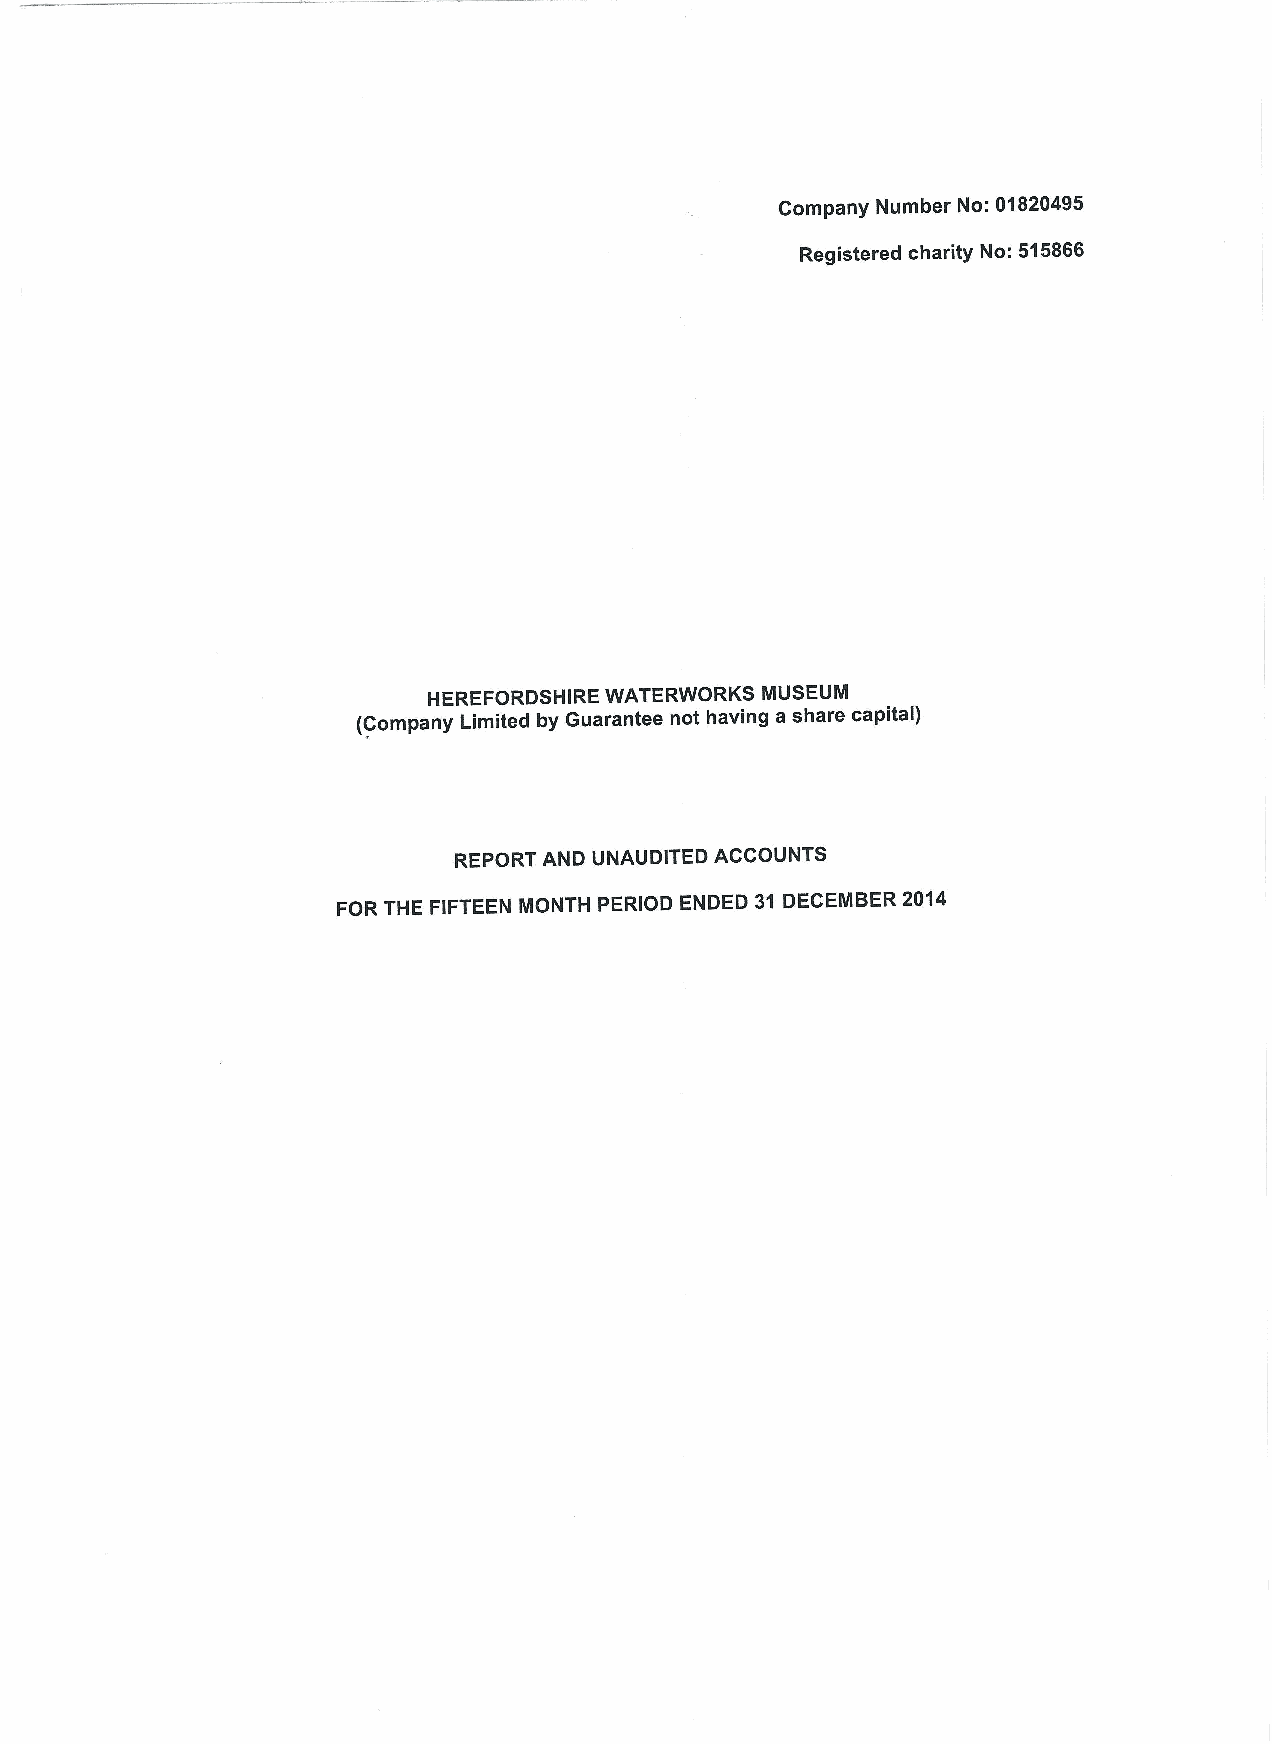
Company Number No: 01820495
 Registered charity No: 515866
 HEREFORDSHIRE WATERWORKS MUSEUM
 (Company Limited by Guarantee not having a share capital)
 REPORT AND UNAUDITED ACCOUNTS
 FOR THE FIFTEEN MONTH PERIOD ENDED 31 DECEMBER 2014